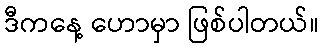
ဒီကနေ့ ဟောမှာ ဖြစ်ပါတယ်။